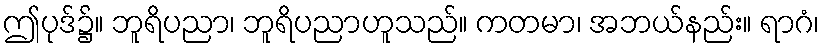
ဤပုဒ်၌။ ဘူရိပညာ၊ ဘူရိပညာဟူသည်။ ကတမာ၊ အဘယ်နည်း။ ရာဂံ၊